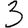
Digit: 3